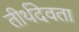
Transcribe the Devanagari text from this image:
तीर्थदेवता